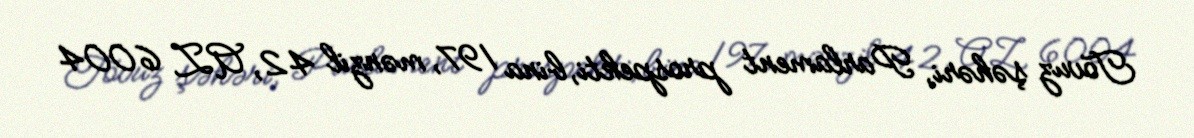
Tovuz şəhəri, Parlament prospekti, bina 197, mənzil 42, AZ 6004